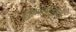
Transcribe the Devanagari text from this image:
द्विमितीतील